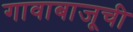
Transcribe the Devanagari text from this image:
गावाबाजूची